Vaccination in Burma 1889-1999 - 1889-1999
Year: 1889
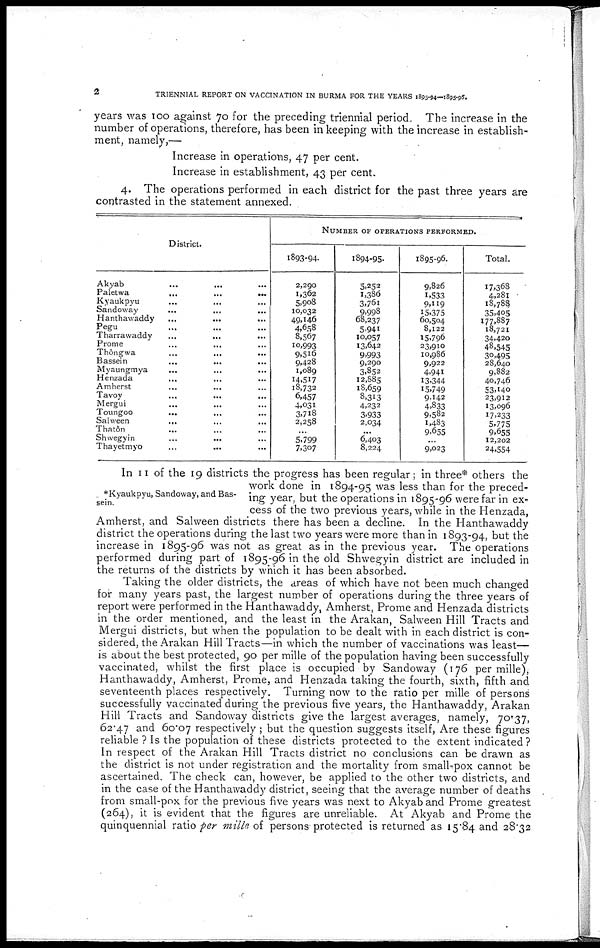
2
TRIENNIAL REPORT ON VACCINATION IN BURMA FOR THE YEARS 1893-94—1895-96.
years was 100 against 70 for the preceding triennial period. The increase in the
number of operations, therefore, has been in keeping with the increase in establish-
ment, namely,—
Increase in operations, 47 per cent.
Increase in establishment, 43 per cent.
4. The operations performed in each district for the past three years are
contrasted in the statement annexed.
District.
Akyab ... ... ...
Paletwa
...
...
...
Kyaukpyu
...
...
...
Sandoway
...
...
...
Hanthawaddy ... ... ...
Pegu ... ... ...
Tharrawaddy
...
...
...
Prome
...
...
...
Thôngwa
...
...
...
Bassein
...
... ....
Myaungmya ... ... ...
Henzada
... ... ...
Amherst ... ... ...
Tavoy
...
...
...
Mergui
...
...
...
Toungoo
... ... ...
Sahween
... ... ...
Thatôn
Shwegyin ... ... ...
Thayetmyo ... ... ...
NUMBER OF OPERATIONS PERFORMED.
1893-94.
2,290
1,362
5,908
10,032
49,146
4,658
8,567
10,993
9,516
9,428
1,089
14,517
18,732
6,457
4,031
3,718
2,258
...
5,799
7,307
1894-95.
5,252
1,386
3,761
9,998
68,237
5,941
10,057
13,642
9,993
9,290
3,852
12,885
18,659
8,313
4,232
3,933
2,034
...
6,403
8,224
1895-96.
9,826
1,533
9,119
15,375
60,504
8,122
15,796
23,910
10,986
9,922
4,941
13,344
15,749
9,142
4.833
9,582
1,483
9,655
...
9,023
Total.
17,368
4,281
18,788
35,405
177,887
18,721
34,420
48,545
30,495
28,640
9,882
40,746
53,140
23,912
13,096
17,233
5,775
9.655
12,202
24,5.4
*Kyaukpyu, Sandoway, and Bas-
sein.
In 11 of the 19 districts the progress has been regular; in three* others the
work done in 1894-95 was less than for the preced-
ing year, but the operations in 1895-96 were far in ex-
cess of the two previous years, while in the Henzada,
Amherst, and Salween districts there has been a decline. In the Hanthawaddy
district the operations during the last two years were more than in 1893-94, but the
increase in 1895-96 was not as great as in the previous year. The operations
performed during part of 1895-96 in the old Shwegyin district are included in
the returns of the districts by which it has been absorbed.
Taking the older districts, the areas of which have not been much changed
for many years past, the largest number of operations during the three years of
report were performed in the Hanthawaddy, Amherst, Prome and Henzada districts
in the order mentioned, and the least in the Arakan, Salween Hill Tracts and
Mergui districts, but when the population to be dealt with in each district is con-
sidered, the Arakan Hill Tracts—in which the number of vaccinations was least—
is about the best protected, 90 per mille of the population having been successfully
vaccinated, whilst the first place is occupied by Sandoway (176 per mille),
Hanthawaddy, Amherst, Prome, and Henzada taking the fourth, sixth, fifth and
seventeenth places respectively. Turning now to the ratio per mille of persons
successfully vaccinated during the previous five years, the Hanthawaddy, Arakan
Hill Tracts and Sandoway districts give the largest averages, namely, 70.37,
62.47 and 60.07 respectively; but the question suggests itself, Are these figures
reliable ? Is the population of these districts protected to the extent indicated?
In respect of the Arakan Hill Tracts district no conclusions can be drawn as
the district is not under registration and the mortality from smallpox cannot be
ascertained. The check can, however, be applied to the other two districts, and
in the case of the Hanthawaddy district, seeing that the average number of deaths
from small-pox for the previous five years was next to Akyab and Prome greatest
(264), it is evident that the figures are unreliable. At Akyab and Prome the
quinquennial ratio per mille of persons protected is returned as 15.84 and 28.32